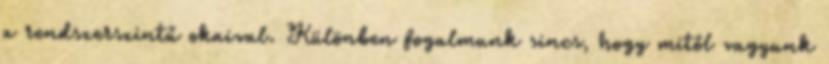
a rendszerszintű okaival. Különben fogalmunk sincs, hogy mitől vagyunk